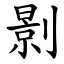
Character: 㔀